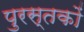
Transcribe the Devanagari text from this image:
पुरस्तकों